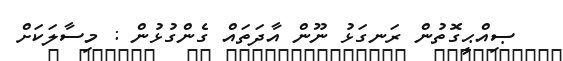
ޞިއްޙީގޮތުން ރަނގަޅު ނޫން އާދަތައް ގެންގުޅުން : މިސާލަކަށް